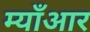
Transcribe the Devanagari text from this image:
म्याँआर